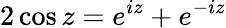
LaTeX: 2\cos z=e^{iz}+e^{-iz}